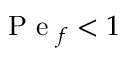
\mathrm { ~ P ~ e ~ } _ { f } < 1